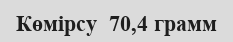
Көмірсу  70,4 грамм